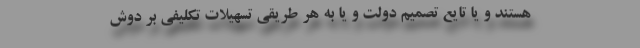
هستند و یا تایع تصمیم دولت و یا به هر طریقی تسهیلات تکلیفی بر دوش